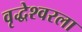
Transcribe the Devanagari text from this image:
वृद्धेश्‍वरला